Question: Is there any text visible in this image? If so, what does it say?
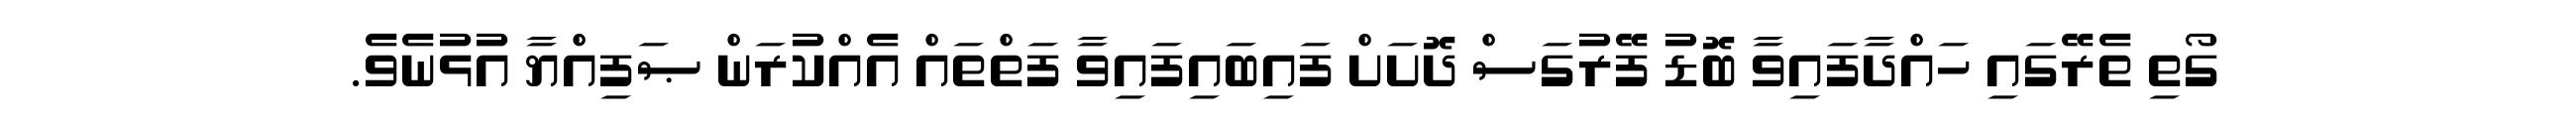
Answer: ގޯތި ތެރޭގައި ހައްދާފައިވާ ބޮޑު ފޭރުގަސް ދޮށަށް ފައިބައިފައިވާ ފަތްތައް އެއްކުރަން ޞަފިއްޔާ އުޅުނެވެ.